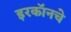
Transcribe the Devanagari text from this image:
इरकॉनचे